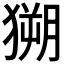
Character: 𱮗